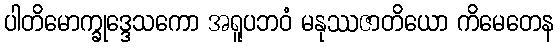
ပါတိမောက္ခုဒ္ဒေသကော အရူပဘဝံ မနုဿဇာတိယော ကိမေတေန